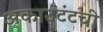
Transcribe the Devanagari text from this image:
अकाउंटंटची